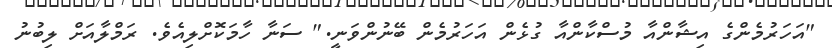
"އަހަރުމެންގެ އިޝާންއާ މުސްކާންއާ ގުޅެން އަހަރުމެން ބޭނުންވަނީ." ސަނާ ހާމަކޮށްލިއެވެ. ރަމްލާއަށް ލިބުނު